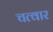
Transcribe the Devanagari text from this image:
चत्वार